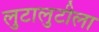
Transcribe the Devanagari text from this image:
लुटालुटीला